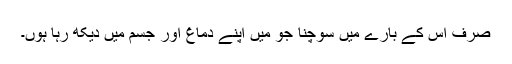
صرف اس کے بارے میں سوچنا جو میں اپنے دماغ اور جسم میں دیکھ رہا ہوں۔